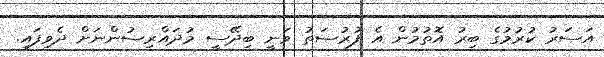
އަސަރު ކުރުމުގެ ބިރު އޮތުމުން އެ ފުރުސަތު ވަނީ ބިދޭސީ މުދައްރިސުންނަށް ދެވިފައި.